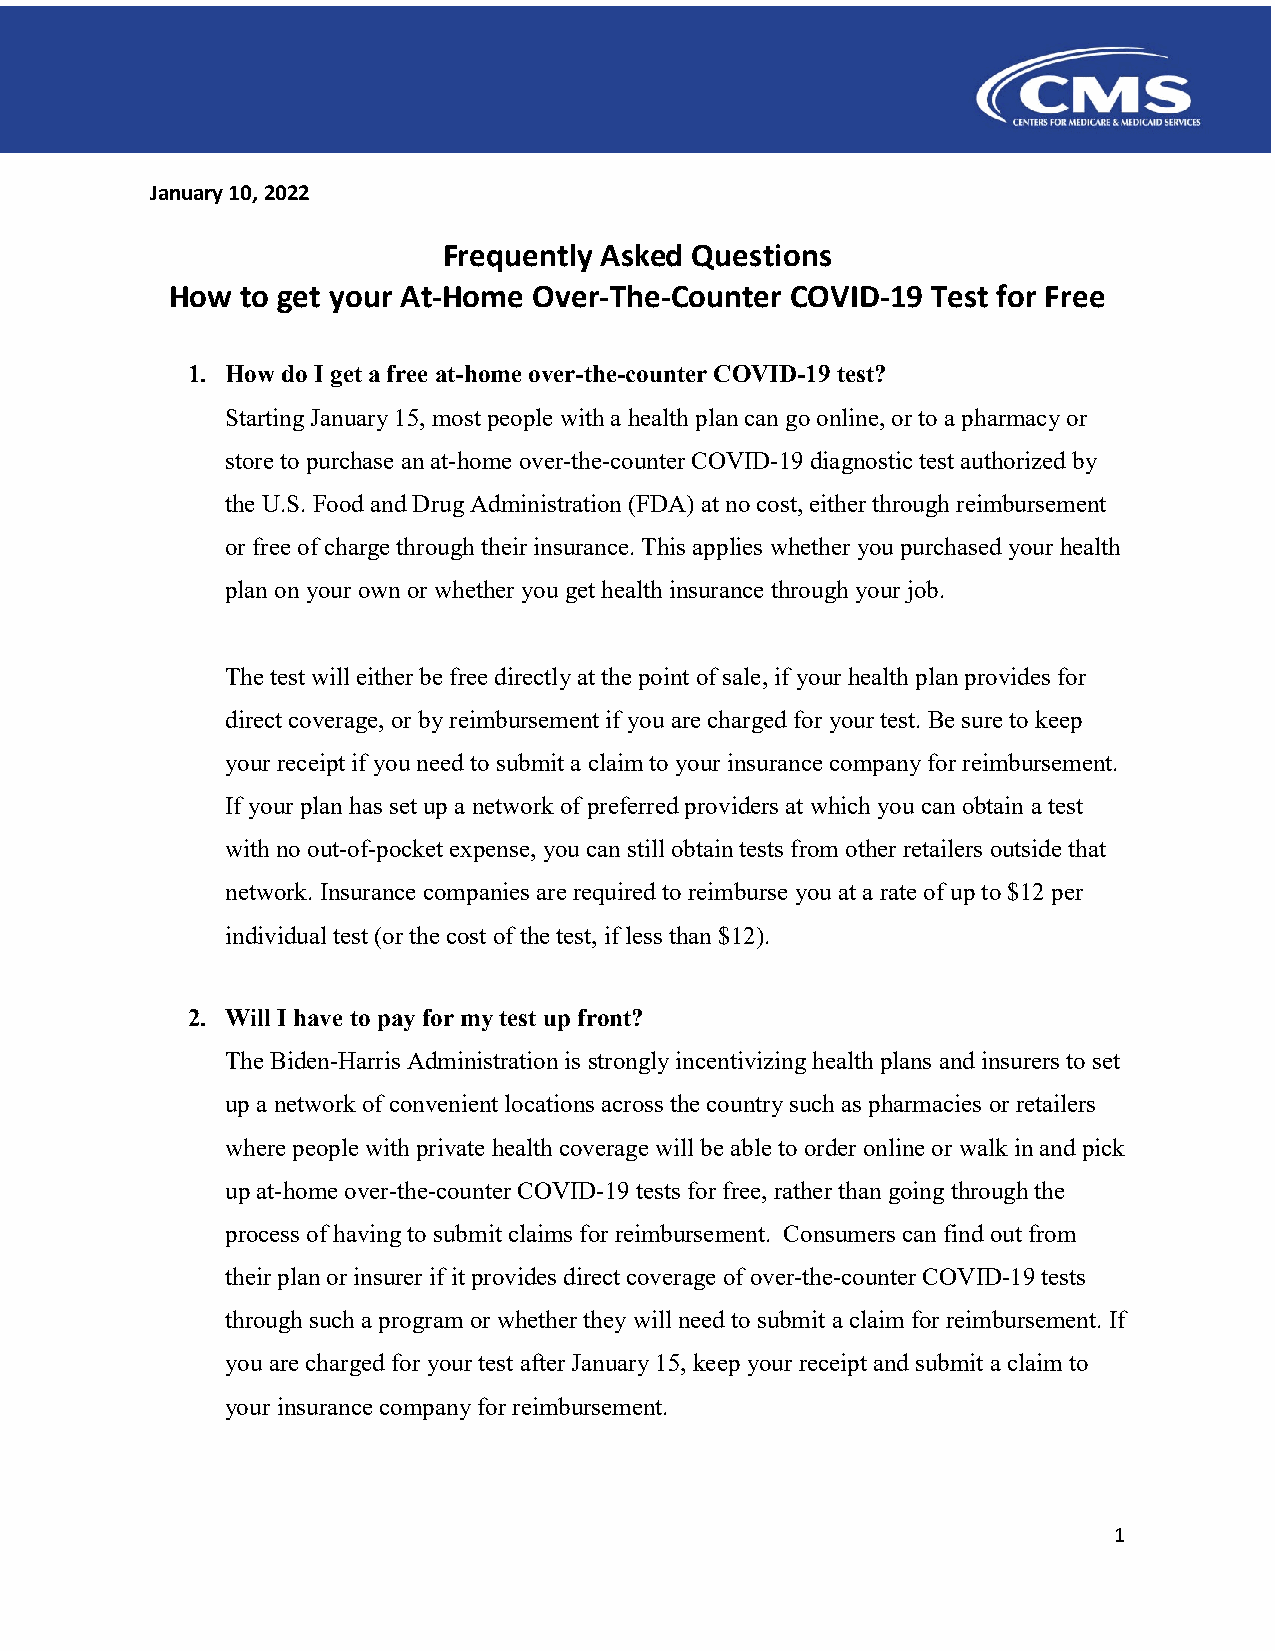
January 10, 2022
 Frequently Asked Questions
 How  to get your At-Home Over-The-Counter COVID-19 Test for Free
 1. How do I get a free at-home over-the-counter COVID-19 test?
 Starting January 15, most people with a health plan can go online, or to a pharmacy or
 store to purchase an at-home over-the-counter COVID-19 diagnostic test authorized by
 the U.S. Food and Drug Administration (FDA) at no cost, either through reimbursement
 or free of charge through their insurance. This applies whether you purchased your health
 plan on your own or whether you get health insurance through your job.
 The test will either be free directly at the point of sale, if your health plan provides for
 direct coverage, or by reimbursement if you are charged for your test. Be sure to keep
 your receipt if you need to submit a claim to your insurance company for reimbursement.
 If your plan has set up a network of preferred providers at which you can obtain a test
 with no out-of-pocket expense, you can still obtain tests from other retailers outside that
 network. Insurance companies are required to reimburse you at a rate of up to $12 per
 individual test (or the cost of the test, if less than $12).
 2. Will I have to pay for my test up front?
 The Biden-Harris Administration is strongly incentivizing health plans and insurers to set
 up a network of convenient locations across the country such as pharmacies or retailers
 where people with private health coverage will be able to order online or walk in and pick
 up at-home over-the-counter COVID-19 tests for free, rather than going through the
 process of having to submit claims for reimbursement. Consumers can find out from
 their plan or insurer if it provides direct coverage of over-the-counter COVID-19 tests
 through such a program or whether they will need to submit a claim for reimbursement. If
 you are charged for your test after January 15, keep your receipt and submit a claim to
 your insurance company for reimbursement.
 1